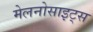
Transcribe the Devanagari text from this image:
मेलनोसाइट्स